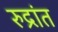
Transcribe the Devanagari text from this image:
रुद्रांत